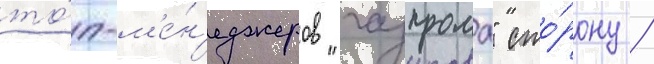
то́п-м'е́н'еджеров "газпрома" сто́рону /